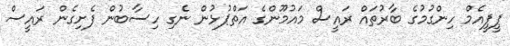
ޕީޕީއެމް ހިންގުމުގެ ބާރުތައް ރައީސް މައުމޫންގެ އަތްޕުޅުން ނެގި ހިސާބުން ފެށިގެން ރައީސް